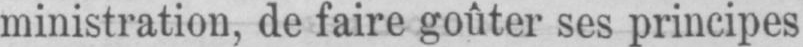
ministration, de faire goûter ses principes